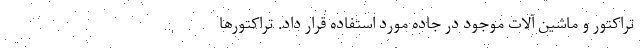
تراکتور و ماشین آلات موجود در جاده مورد استفاده قرار داد. تراکتورها